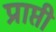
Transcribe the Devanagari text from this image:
प्राप्ती